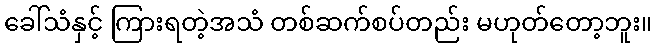
ခေါ်သံနှင့် ကြားရတဲ့အသံ တစ်ဆက်စပ်တည်း မဟုတ်တော့ဘူး။